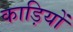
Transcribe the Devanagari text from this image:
काड़ियों